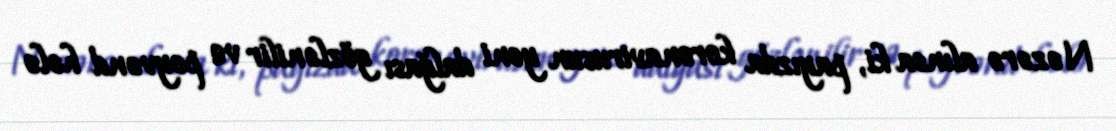
Nəzərə alınsa ki, payızda koronavirusun yeni dalğası gözlənilir və peyvənd hələ